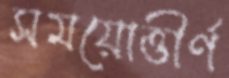
সময়োত্তীর্ণ